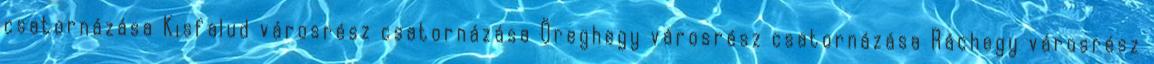
csatornázása Kisfalud városrész csatornázása Öreghegy városrész csatornázása Ráchegy városrész